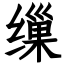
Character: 缫